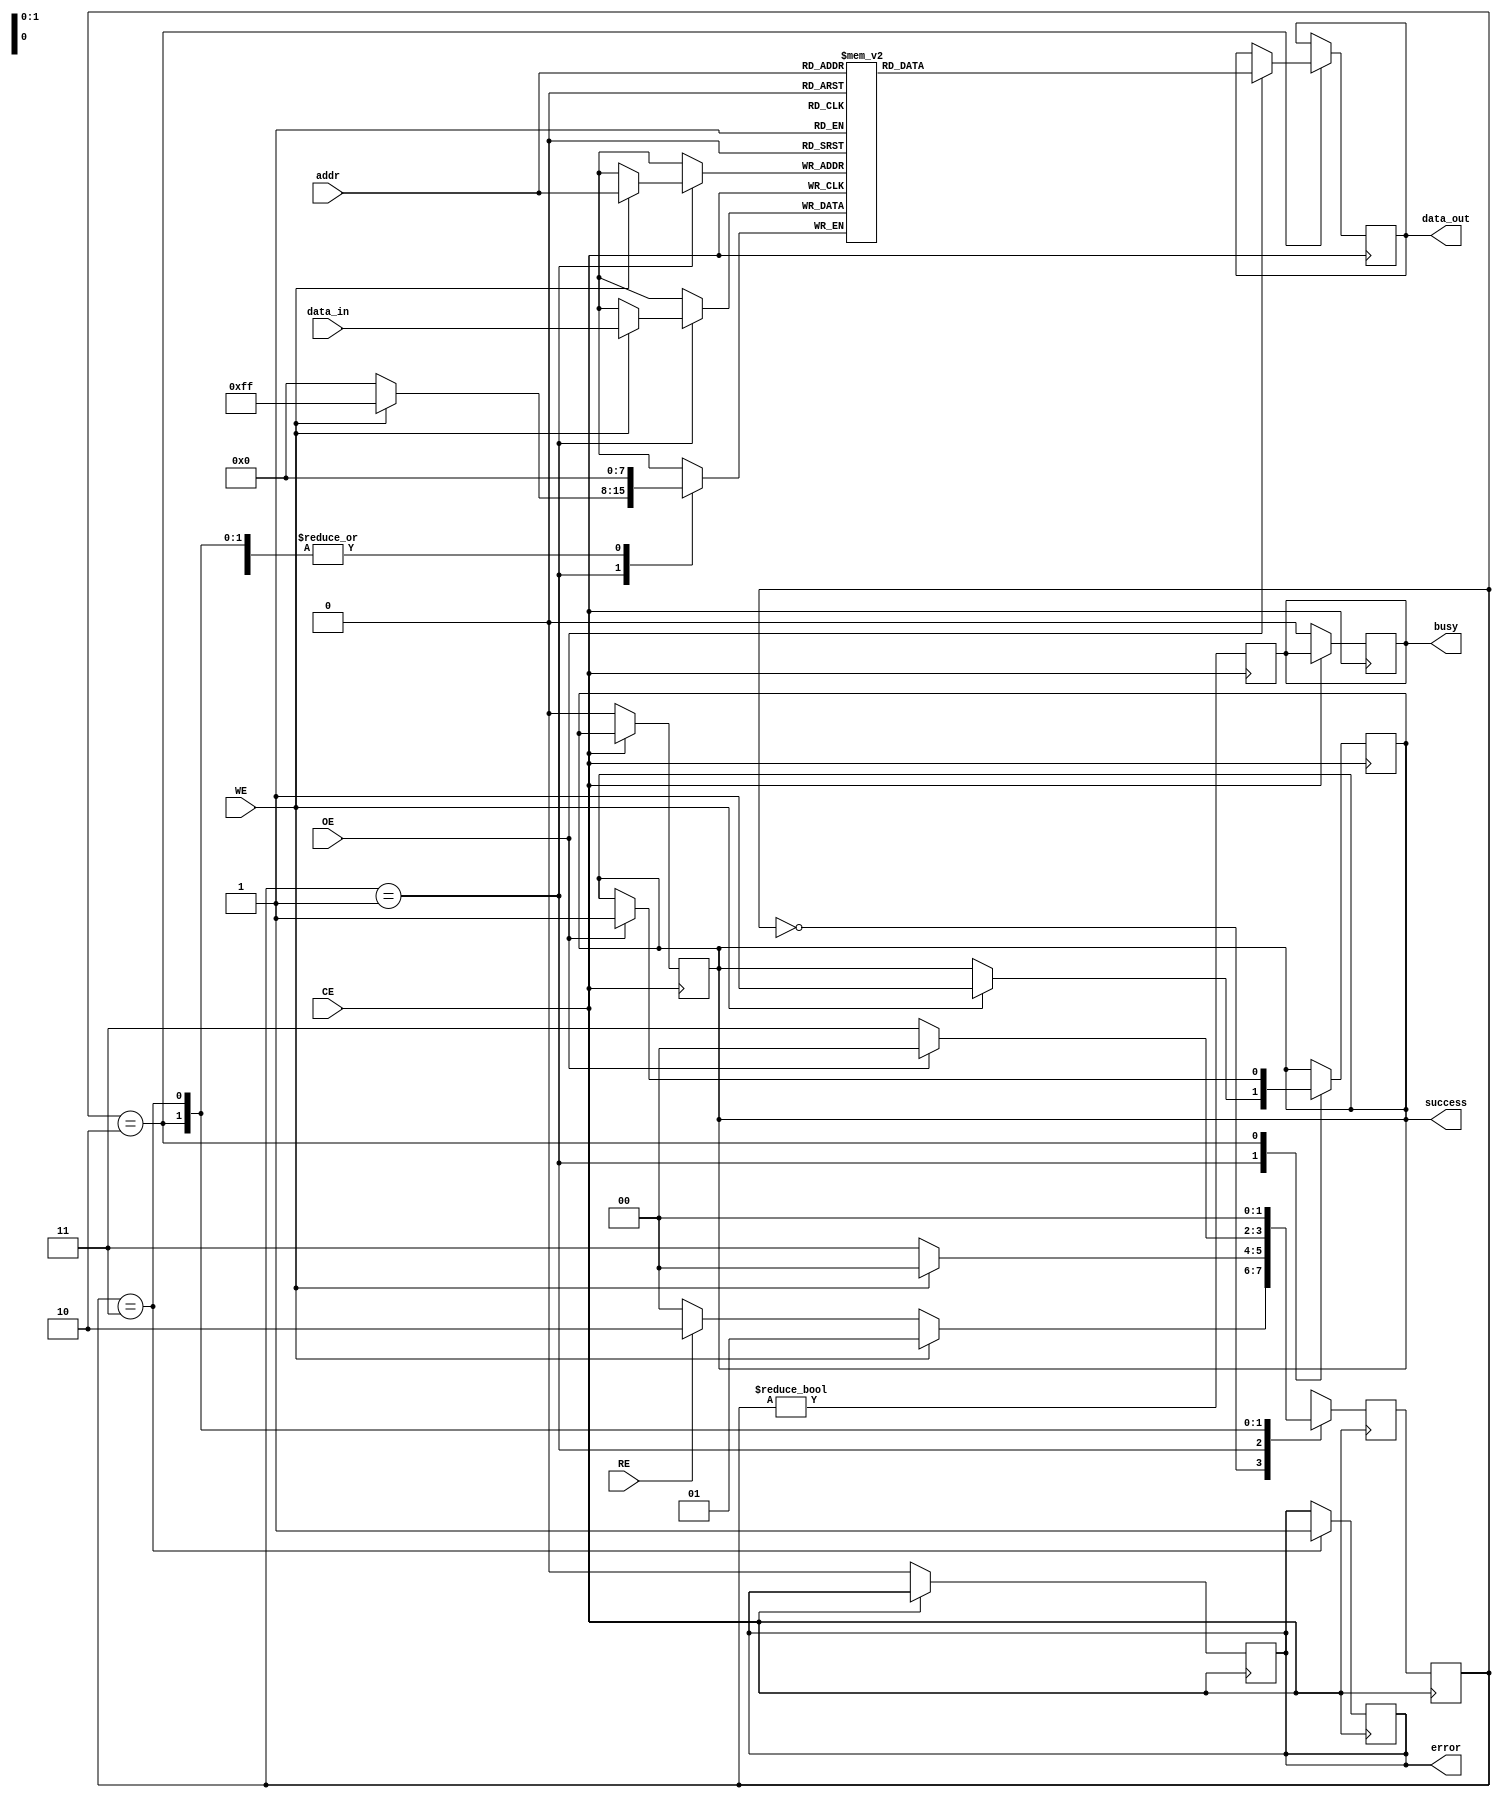
module nand_eeprom_io (
    input wire WE,          // Write Enable
    input wire RE,          // Read Enable
    input wire CE,          // Chip Enable
    input wire OE,          // Output Enable
    input wire [7:0] addr,  // Address Lines (8-bit for example)
    input wire [7:0] data_in,// Data Input Lines
    output reg [7:0] data_out,// Data Output Lines
    output reg busy,        // Status Signal: Busy
    output reg success,     // Status Signal: Success
    output reg error        // Status Signal: Error
);

    // Internal Registers
    reg [7:0] memory [0:255]; // Simple memory array (256 x 8 bits)
    reg [1:0] state;          // State for FSM
    reg [1:0] next_state;     // Next state for FSM

    // State Encoding
    localparam IDLE = 2'b00;
    localparam WRITE = 2'b01;
    localparam READ = 2'b10;
    localparam ERROR_STATE = 2'b11;

    // State Machine
    always @(posedge CE) begin
        case (state)
            IDLE: begin
                if (WE) begin
                    next_state <= WRITE;
                end else if (RE) begin
                    next_state <= READ;
                end else begin
                    next_state <= IDLE;
                end
            end
            WRITE: begin
                if (WE) begin
                    memory[addr] <= data_in; // Write data to memory
                    success <= 1'b1;          // Indicate success
                    next_state <= IDLE;       // Go back to IDLE
                end else begin
                    next_state <= ERROR_STATE; // Error if WE is not asserted
                end
            end
            READ: begin
                if (OE) begin
                    data_out <= memory[addr]; // Read data from memory
                    success <= 1'b1;          // Indicate success
                    next_state <= IDLE;       // Go back to IDLE
                end else begin
                    next_state <= ERROR_STATE; // Error if OE is not asserted
                end
            end
            ERROR_STATE: begin
                error <= 1'b1;              // Set error flag
                next_state <= IDLE;         // Go back to IDLE
            end
            default: next_state <= IDLE; // Default to IDLE
        endcase
    end

    // State Transition
    always @(posedge CE) begin
        state <= next_state;
        busy <= (state != IDLE); // Set busy if not in IDLE state
    end

    // Resetting Status Signals
    always @(posedge CE or negedge CE) begin
        if (!CE) begin
            busy <= 1'b0;
            success <= 1'b0;
            error <= 1'b0;
        end
    end

endmodule